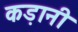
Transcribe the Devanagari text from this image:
कड़ानी